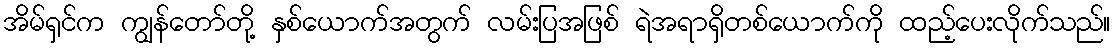
အိမ်ရှင်က ကျွန်တော်တို့ နှစ်ယောက်အတွက် လမ်းပြအဖြစ် ရဲအရာရှိတစ်ယောက်ကို ထည့်ပေးလိုက်သည်။